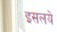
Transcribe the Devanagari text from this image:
इसलये